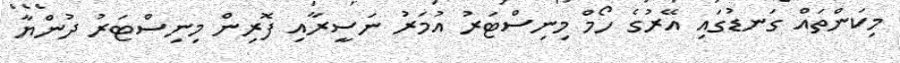
މިކަންތައް ގަނޑުގައި އޭރުގެ ހޯމް މިނިސްޓަރު އުމަރު ނަސީރާއި ފޮރިން މިނިސްޓަރު ދުންޔާ